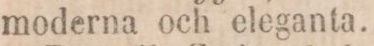
moderna och eleganta.